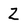
Character: 2